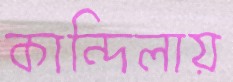
কান্দিলায়